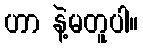
ဟာ နဲ့မတူပါ။